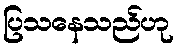
ပြသနေသည်ဟု